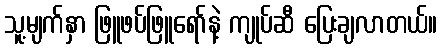
သူ့မျက်နှာ ဖြူဖပ်ဖြူရော်နဲ့ ကျုပ်ဆီ ပြေးချလာတယ်။